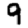
Digit: 9